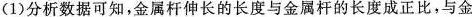
(1)分析数据可知，金属杆伸长的长度与金属杆的长度成正比，与金